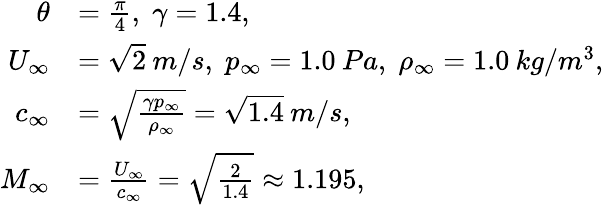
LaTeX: \begin{array}{rl}{\theta}&{=\frac{\pi}{4},\; \gamma=1.4,}\\ {U_{\infty}}&{=\sqrt{2}\: m/s,\; p_{\infty}=1.0\: Pa,\; \rho_{\infty}=1.0\: kg/m^{3},}\\ {c_{\infty}}&{=\sqrt{\frac{\gamma p_{\infty}}{\rho_{\infty}}}=\sqrt{1.4}\: m/s,}\\ {M_{\infty}}&{=\frac{U_{\infty}}{c_{\infty}}=\sqrt{\frac{2}{1.4}}\approx 1.195,}\end{array}